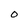
Character: O